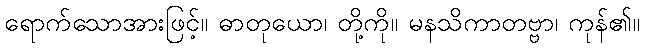
ရောက်သောအားဖြင့်။ ဓာတုယော၊ တို့ကို။ မနသိကာတဗ္ဗာ၊ ကုန်၏။